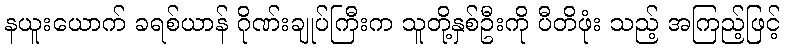
နယူးယောက် ခရစ်ယာန် ဂိုဏ်းချုပ်ကြီးက သူတို့နှစ်ဦးကို ပီတိဖုံး သည့် အကြည့်ဖြင့်